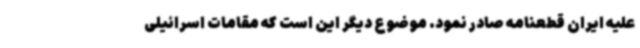
علیه ایران قطعنامه صادر نمود. موضوع دیگر این است که مقامات اسرائیلی